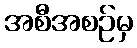
အစီအစဉ်မှ